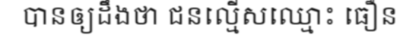
បានឲ្យដឹងថា ជនល្មើសឈ្មោះ ធឿន